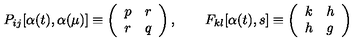
P _ { i j } [ \alpha ( t ) , \alpha ( \mu ) ] \equiv \left( \begin{array} { l l } { p } & { r } \\ { r } & { q } \\ \end{array} \right) , \qquad F _ { k l } [ \alpha ( t ) , s ] \equiv \left( \begin{array} { l l } { k } & { h } \\ { h } & { g } \\ \end{array} \right)